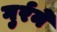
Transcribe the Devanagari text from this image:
गुर्रने